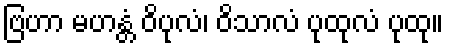
ဗြဟာ မဟန္တံ ဝိပုလံ၊ ဝိသာလံ ပုထုလံ ပုထု။